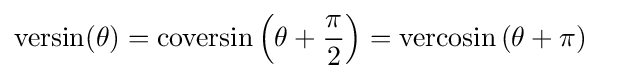
{\begin{aligned}\mathrm {versin} (\theta )&=\mathrm {coversin} \left(\theta +{\frac {\pi }{2}}\right)=\mathrm {vercosin} \left(\theta +\pi \right)\end{aligned}}